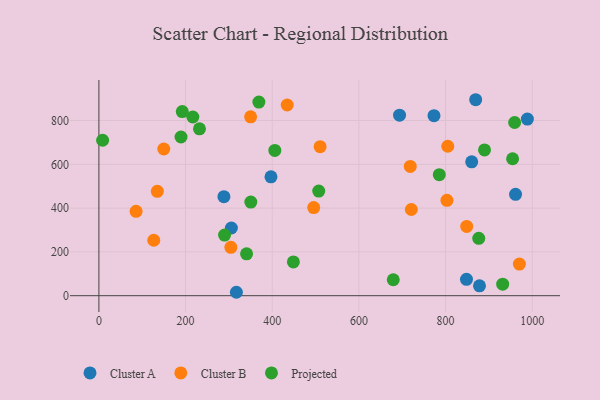
{"axis": {"x": "Study Hours", "y": "Demand"}, "legend": ["Cluster A", "Cluster B", "Projected"], "data": [{"x": "878.3", "y": 44.9, "type": "Cluster A"}, {"x": "773.3", "y": 821.9, "type": "Cluster A"}, {"x": "305.7", "y": 309.1, "type": "Cluster A"}, {"x": "693.8", "y": 824.3, "type": "Cluster A"}, {"x": "869.5", "y": 894.9, "type": "Cluster A"}, {"x": "288.5", "y": 452.1, "type": "Cluster A"}, {"x": "848.3", "y": 74.6, "type": "Cluster A"}, {"x": "860.3", "y": 611.4, "type": "Cluster A"}, {"x": "961.5", "y": 463.1, "type": "Cluster A"}, {"x": "317.3", "y": 15.6, "type": "Cluster A"}, {"x": "397.1", "y": 542.7, "type": "Cluster A"}, {"x": "988.8", "y": 806.6, "type": "Cluster A"}, {"x": "304.5", "y": 220.7, "type": "Cluster B"}, {"x": "721.0", "y": 393.6, "type": "Cluster B"}, {"x": "970.4", "y": 144.6, "type": "Cluster B"}, {"x": "495.7", "y": 402.5, "type": "Cluster B"}, {"x": "149.7", "y": 669.8, "type": "Cluster B"}, {"x": "434.6", "y": 870.9, "type": "Cluster B"}, {"x": "350.1", "y": 816.9, "type": "Cluster B"}, {"x": "134.8", "y": 476.6, "type": "Cluster B"}, {"x": "803.2", "y": 435.3, "type": "Cluster B"}, {"x": "805.1", "y": 682.5, "type": "Cluster B"}, {"x": "85.8", "y": 385.4, "type": "Cluster B"}, {"x": "848.8", "y": 316.2, "type": "Cluster B"}, {"x": "718.5", "y": 590.4, "type": "Cluster B"}, {"x": "510.5", "y": 680.5, "type": "Cluster B"}, {"x": "126.6", "y": 253.1, "type": "Cluster B"}, {"x": "679.3", "y": 72.9, "type": "Projected"}, {"x": "889.9", "y": 665.5, "type": "Projected"}, {"x": "959.4", "y": 790.8, "type": "Projected"}, {"x": "448.8", "y": 154.3, "type": "Projected"}, {"x": "290.0", "y": 276.6, "type": "Projected"}, {"x": "232.1", "y": 762.1, "type": "Projected"}, {"x": "369.2", "y": 884.1, "type": "Projected"}, {"x": "507.3", "y": 477.8, "type": "Projected"}, {"x": "340.8", "y": 191.4, "type": "Projected"}, {"x": "931.8", "y": 52.8, "type": "Projected"}, {"x": "785.5", "y": 552.5, "type": "Projected"}, {"x": "189.5", "y": 724.6, "type": "Projected"}, {"x": "8.6", "y": 709.9, "type": "Projected"}, {"x": "216.8", "y": 816.1, "type": "Projected"}, {"x": "192.4", "y": 840.7, "type": "Projected"}, {"x": "954.7", "y": 625.4, "type": "Projected"}, {"x": "350.6", "y": 427.4, "type": "Projected"}, {"x": "876.6", "y": 262.0, "type": "Projected"}, {"x": "406.0", "y": 663.4, "type": "Projected"}]}